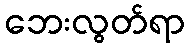
ဘေးလွတ်ရာ